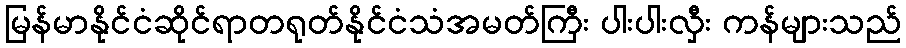
မြန်မာနိုင်ငံဆိုင်ရာတရုတ်နိုင်ငံသံအမတ်ကြီး ပါးပါးလှီး ကန်များသည်